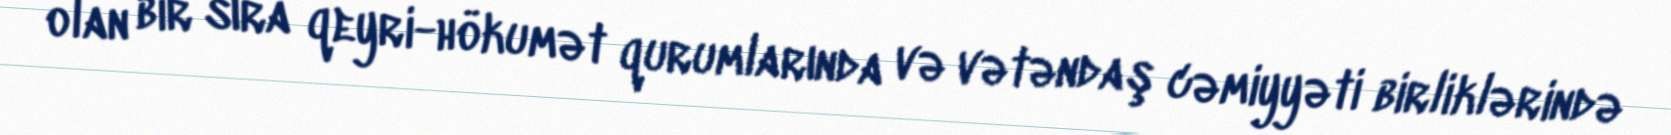
olan bir sıra qeyri-hökumət qurumlarında və vətəndaş cəmiyyəti birliklərində